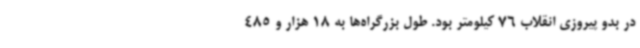
در بدو پیروزی انقلاب 76 کیلومتر بود. طول بزرگراه‌ها به 18 هزار و 485